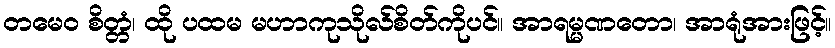
တမေဝ စိတ္တံ၊ ထို ပထမ မဟာကုသိုလ်စိတ်ကိုပင်။ အာရမ္မဏတော၊ အာရုံအားဖြင့်။